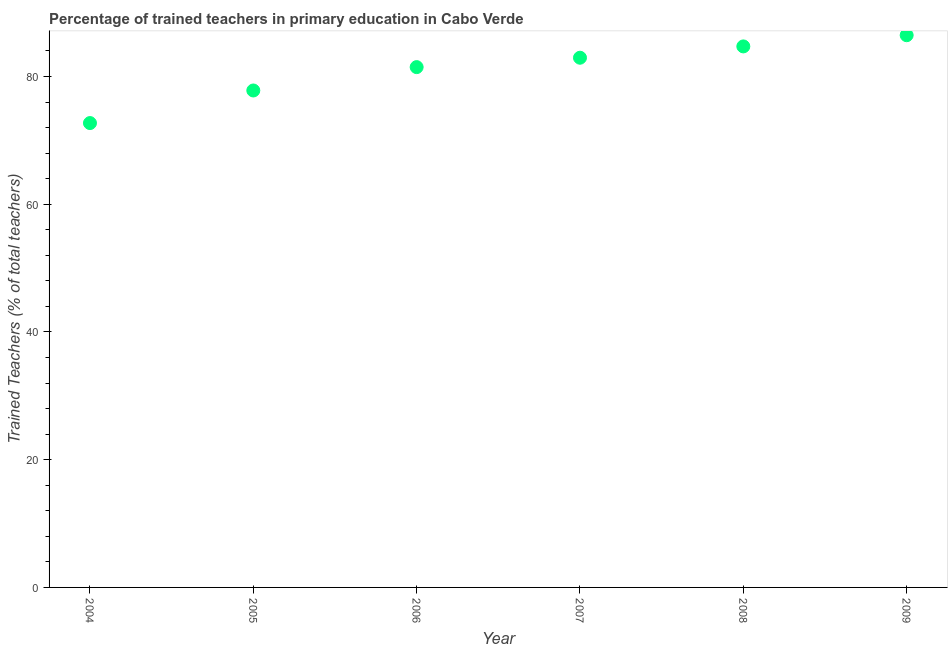
| Year | Trained teacher |
 | --- | --- |
 | 2004 | 72.7 |
 | 2005 | 77.8 |
 | 2006 | 81.5 |
 | 2007 | 82.9 |
 | 2008 | 84.7 |
 | 2009 | 86.5 |